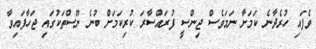
ވެފައި ހުރެދާނެ ކަމަށާ ނަމަވެސް ޖިންސީ ފުރައްސާރަ ކުރިކަމަށް ބުނެ ނޫސްތަކުގައި ޖަހާފައިވާ